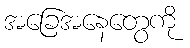
အခြေအနေတွေကို